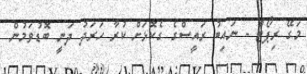
މަގޭ ރިޕޯޓް - ނައިބު ރައީސްގެ ގެކޮޅަށް ކުރާ ހަރަދު ދަނީ ބޮޑުވަމުން